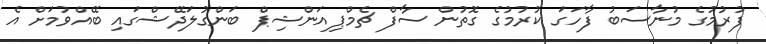
ފުރުމުގެ މުނާސަބު ފާހަގަ ކުރުމުގެ ގޮތުން ސާފް ޗެމްޕިއަންޝިޕް ބަންގުލަދޭޝްގައި ބޭއްވުމަށް އެ